Scottish Leaving Certificate Examination, 1961
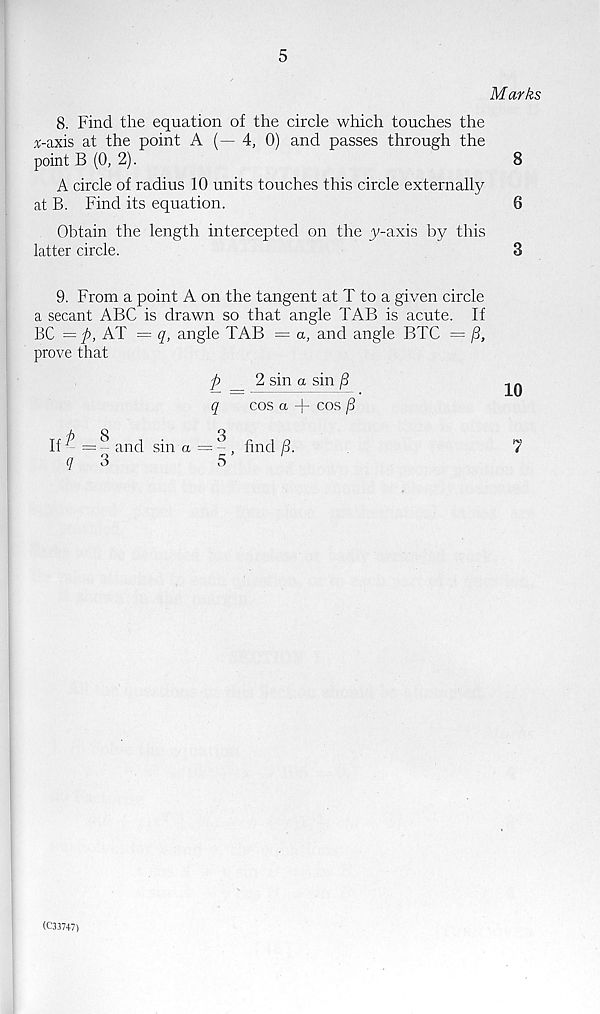
5
Marks
8. Find the equation of the circle which touches the
x-axis at the point A (—4, 0) and passes through the
point B (0, 2).
A circle of radius 10 units touches this circle externally
at B. Find its equation.
Obtain the length intercepted on the y-axis by this
latter circle.
3
9. From a point A on the tangent at T to a given circle
a secant ABC is drawn so that angle TAB is acute. If
BC = ft, AT = q, angle TAB = a, and angle BTC = /3,
prove that
ft _ 2 sin a sin ft
q
cos a + cos ft
If ^ = - and sin a — - , find ft.
q
3
5
10
7
8
6
(C33747)